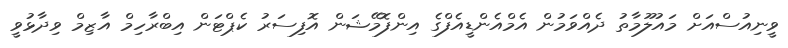
ވީނިއުސްއަށް މައުލޫމާތު ދެއްވަމުން އެމްއެންޑީއެފްގެ އިންފޮމޭޝަން އޮފިސަރު ކެޕްޓަން އިބްރާހިމް އާޒިމް ވިދާޅުވީ